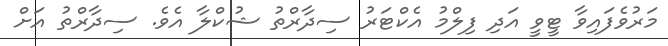
މަރުވެފައިވާ ޓީވީ އަދި ފިލްމު އެކްޓަރު ސިދާރްތު ޝުކްލާ އެވެ. ސިދާރްތު އަށް